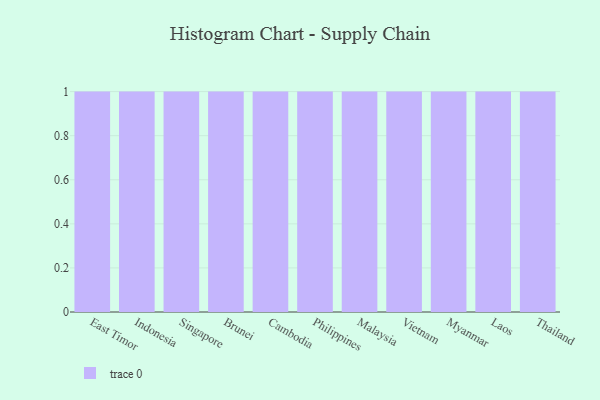
{"axis": {"x": "Country", "y": "Headcount"}, "legend": [""], "data": [{"x": "East Timor", "y": 93, "type": ""}, {"x": "Indonesia", "y": 11, "type": ""}, {"x": "Singapore", "y": 35, "type": ""}, {"x": "Brunei", "y": 60, "type": ""}, {"x": "Cambodia", "y": 82, "type": ""}, {"x": "Philippines", "y": 26, "type": ""}, {"x": "Malaysia", "y": 65, "type": ""}, {"x": "Vietnam", "y": 69, "type": ""}, {"x": "Myanmar", "y": 50, "type": ""}, {"x": "Laos", "y": 20, "type": ""}, {"x": "Thailand", "y": 35, "type": ""}]}